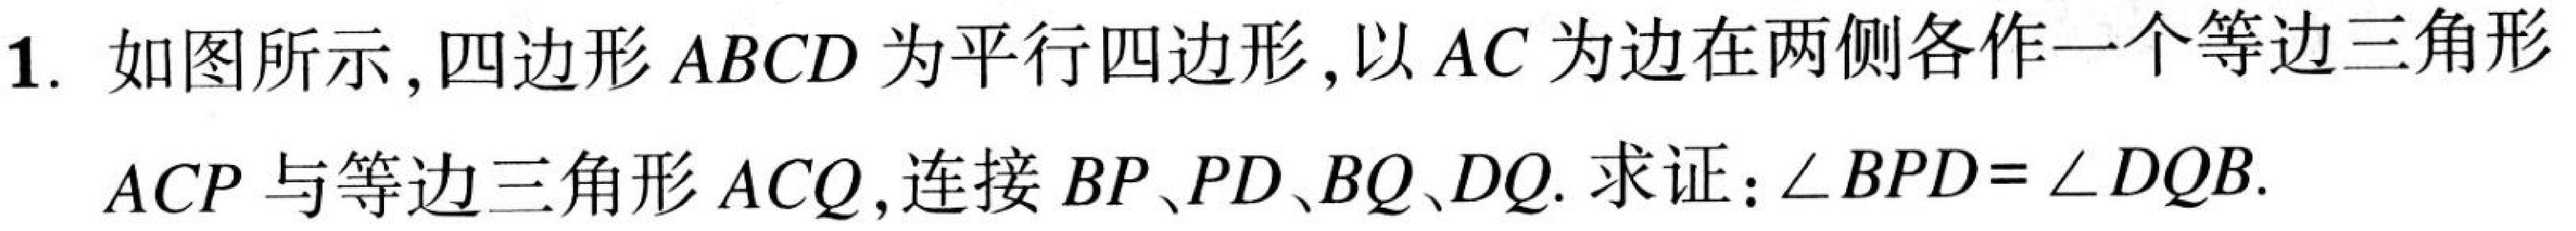
1. 如图所示, 四边形\(ABCD\)为平行四边形, 以\(AC\)为边在两侧各作一个等边三角形\(ACP\)与等边三角形\(ACQ\), 连接\(BP、PD、BQ、DQ\). 求证: \(\angle BPD=\angle DQB\).